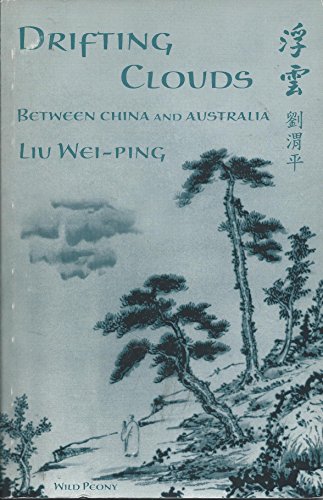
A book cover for Drifting Clouds: Between China and Australia; Liu Wei-Ping; Biographies & Memoirs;